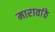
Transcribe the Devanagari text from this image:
मारावांठे